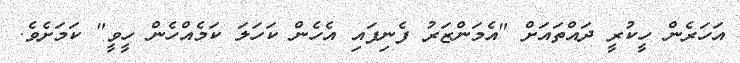
އަހަރެން ހީކުރީ ދައްތައަށް "އެމަންޒަރު ފެނިފައި އެހެން ކަހަލަ ކަމެއްހެން ހީވީ" ކަމަށެވެ.